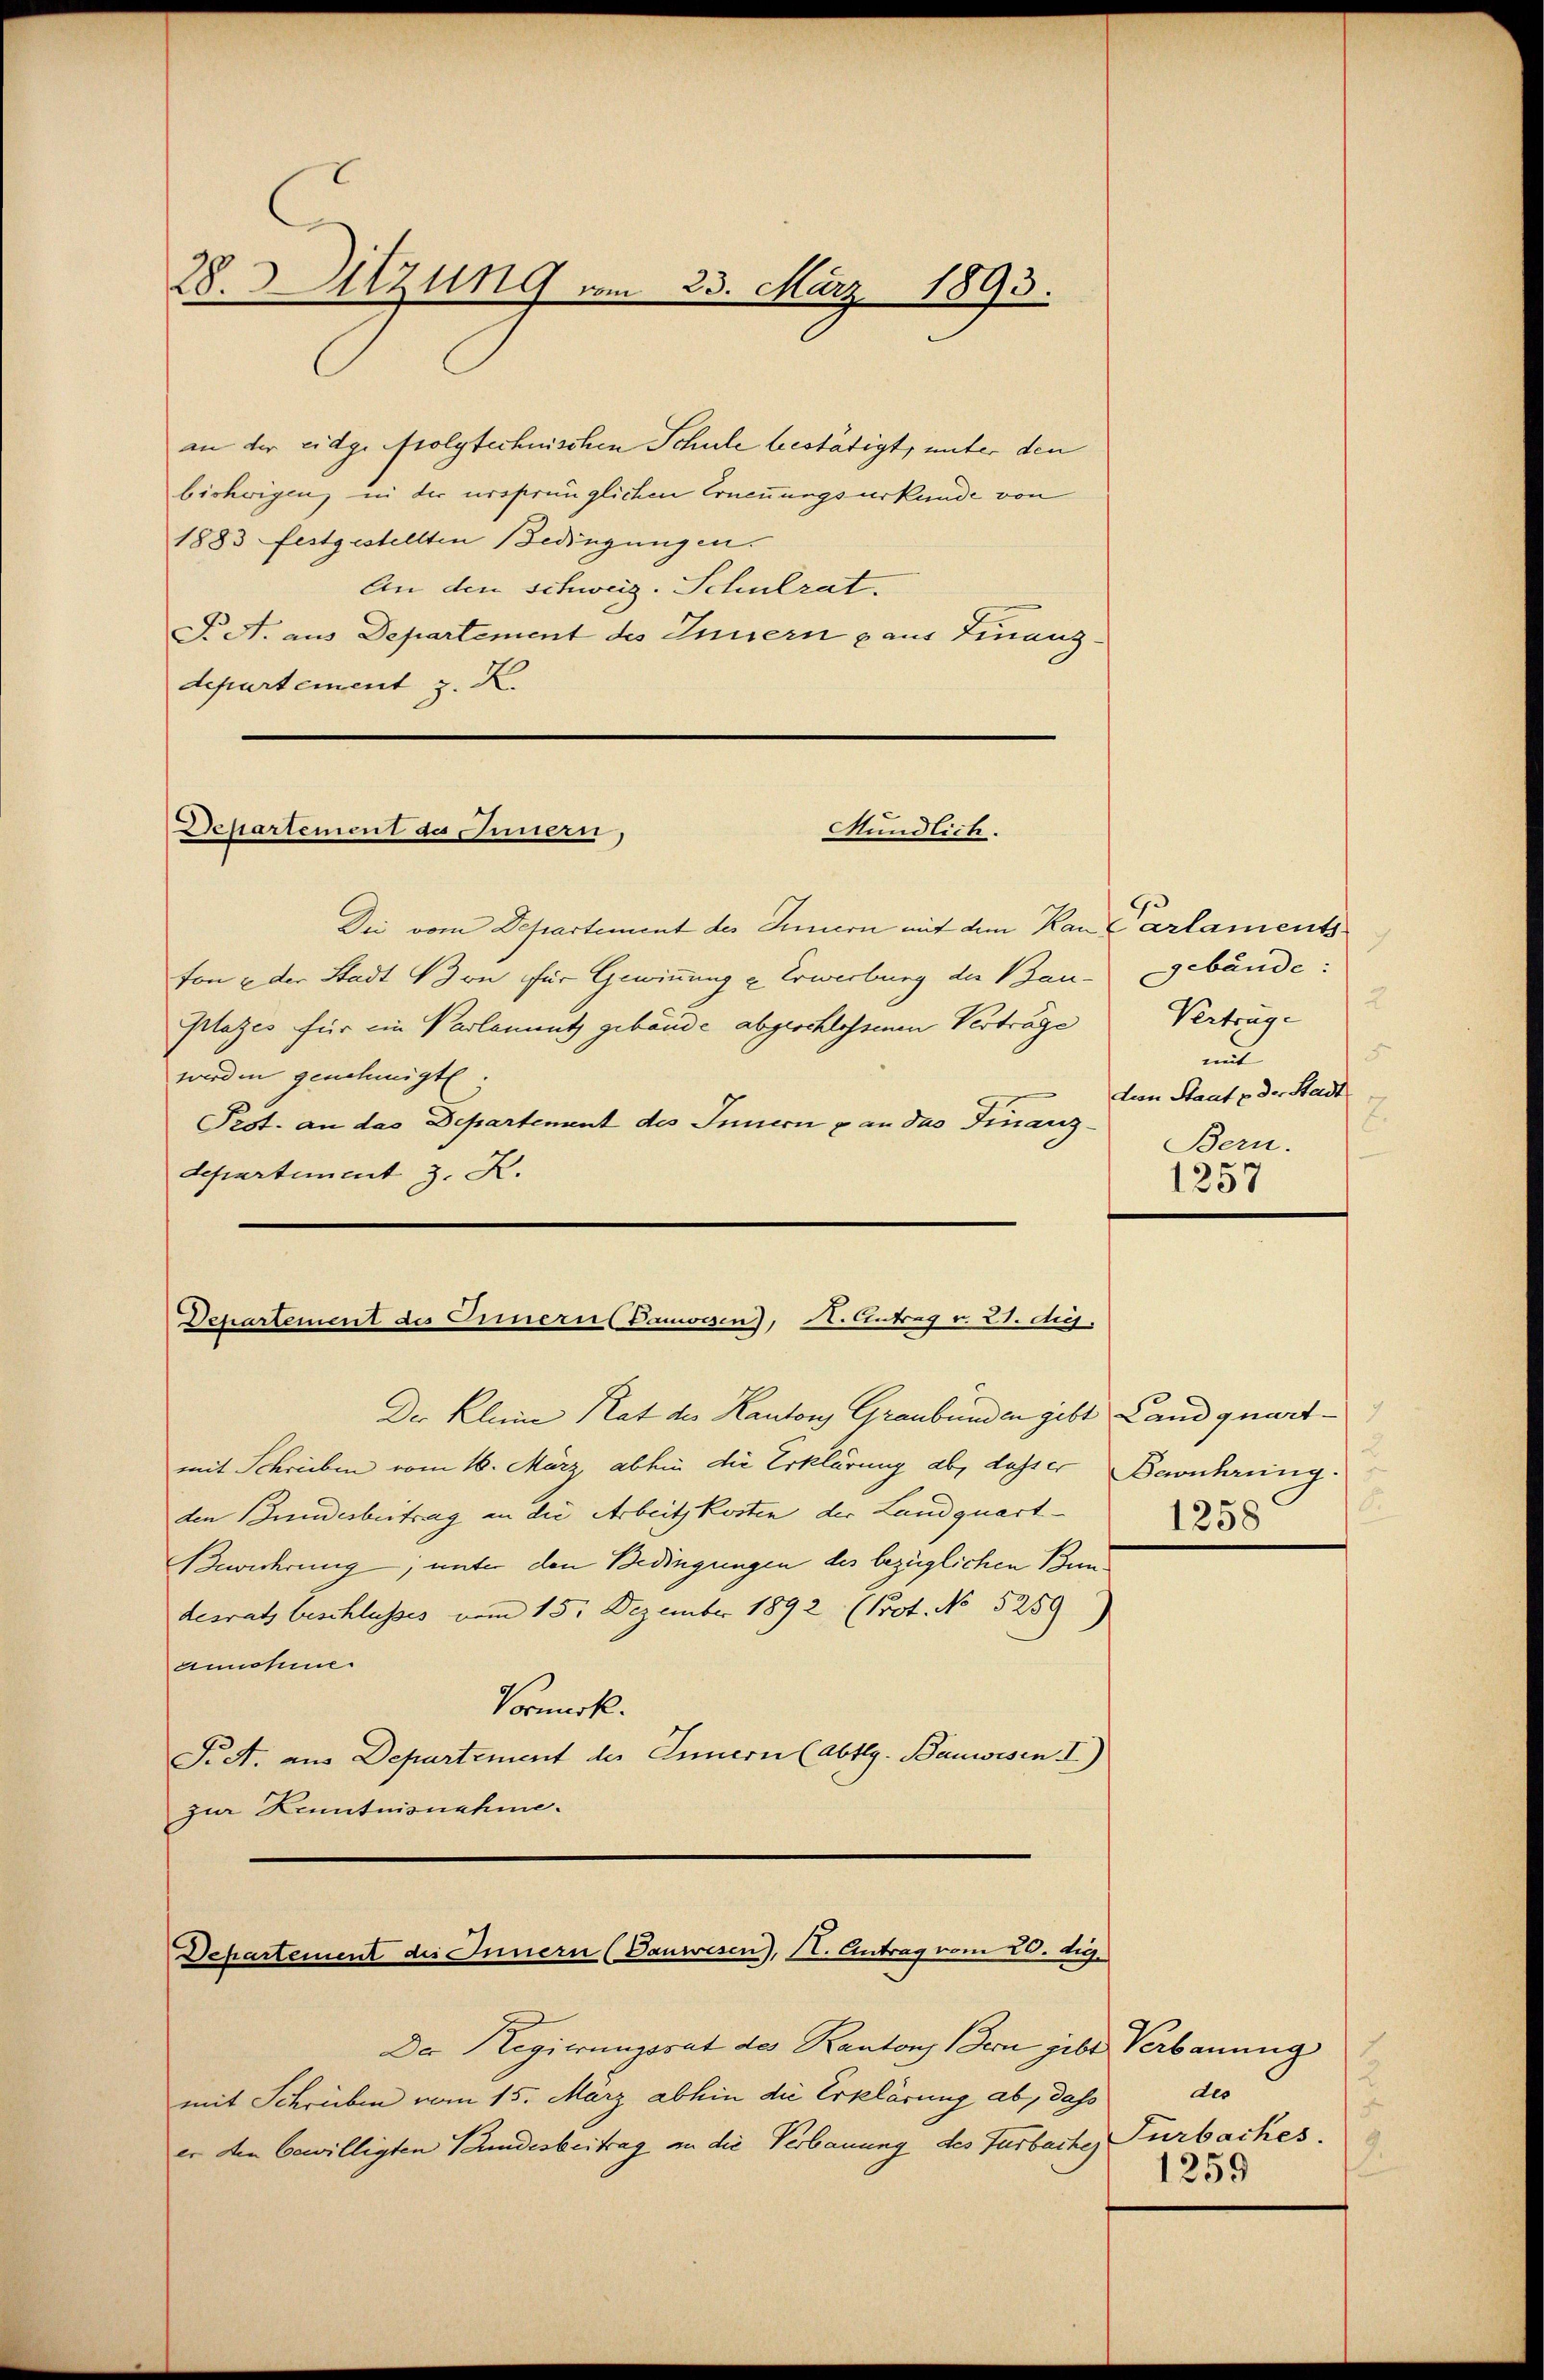
28. Sitzung vom 23. März 1893.

in der eidge folgtechnischen Schule bestätigt, unter den
bisherigen, in der ursprünglichen Ernennungsurkunde von
1883 festgestellten Bedingungen.
An den Schweiz. Schulrat.
F. A. aus Departement des Innern aus Finanzdepartement z. K.

Departement des Innern,
Mundlich.

Dii vom Departement des Innern mit dem Kan Carlamentston u der Stadt Bon für Gewinnung u. Erwerbung der Bau-
platzes für ein Parlamnnutz gebäude abgeschlossenen Verträge
werden genehmigte
Prot. an das Departement des Innern p an das Finanz-
departement J. K.

Departement des Einern Bauwesen), N. Antrag v. C. dig.

Der Kleine Rat des Kantons Graubünden gibt Landquart
mit Schreiben vom 16. März, abhin die Erklärung ab, dasser Berührung.
den Bundesbeitrag an die Arbeitskosten der Landquart
Bewahrung, unter den Bedingungen des bezüglichen Ben
desrath beschlusses vom 15. Dezember 1892 (Prot. No 5259)
annohme
Vormerk.
Pitt. aus Departement des Innern (Abtlg. Bauwesen. I)
zur Kenntnisnahme.

Departement des Innern (Danwesen), II. Antrag vom 20. duj.

Der Regierungsrat des Kantons Bern gebe Verbauung
mit Schrieben vom 15. März abhin die Erklärung ab, dass
er den bewilligten Pandesbeitrag an die Verbauung des Turbache Turbaches

Gebäude:
2
Verträge
5
mit
den Staat u. der Stadt
2.
Bern.
1257

d
2
1258

des
2.
1259